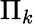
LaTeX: \Pi_{k}